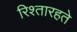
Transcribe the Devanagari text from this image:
रिश्तारहते